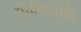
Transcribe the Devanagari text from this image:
मिलिओके